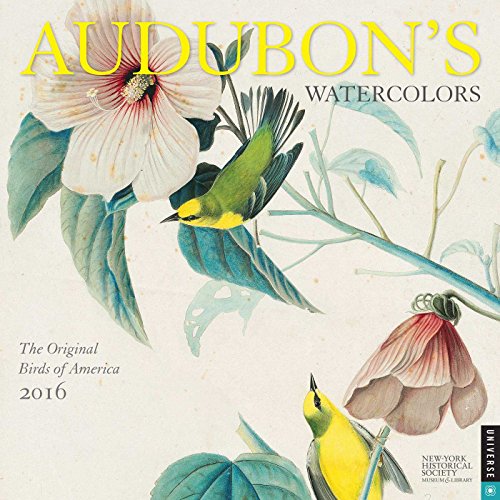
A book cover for Audubon's Watercolors 2016 Wall Calendar: The Original Birds of America; New-York Historical Society; Calendars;